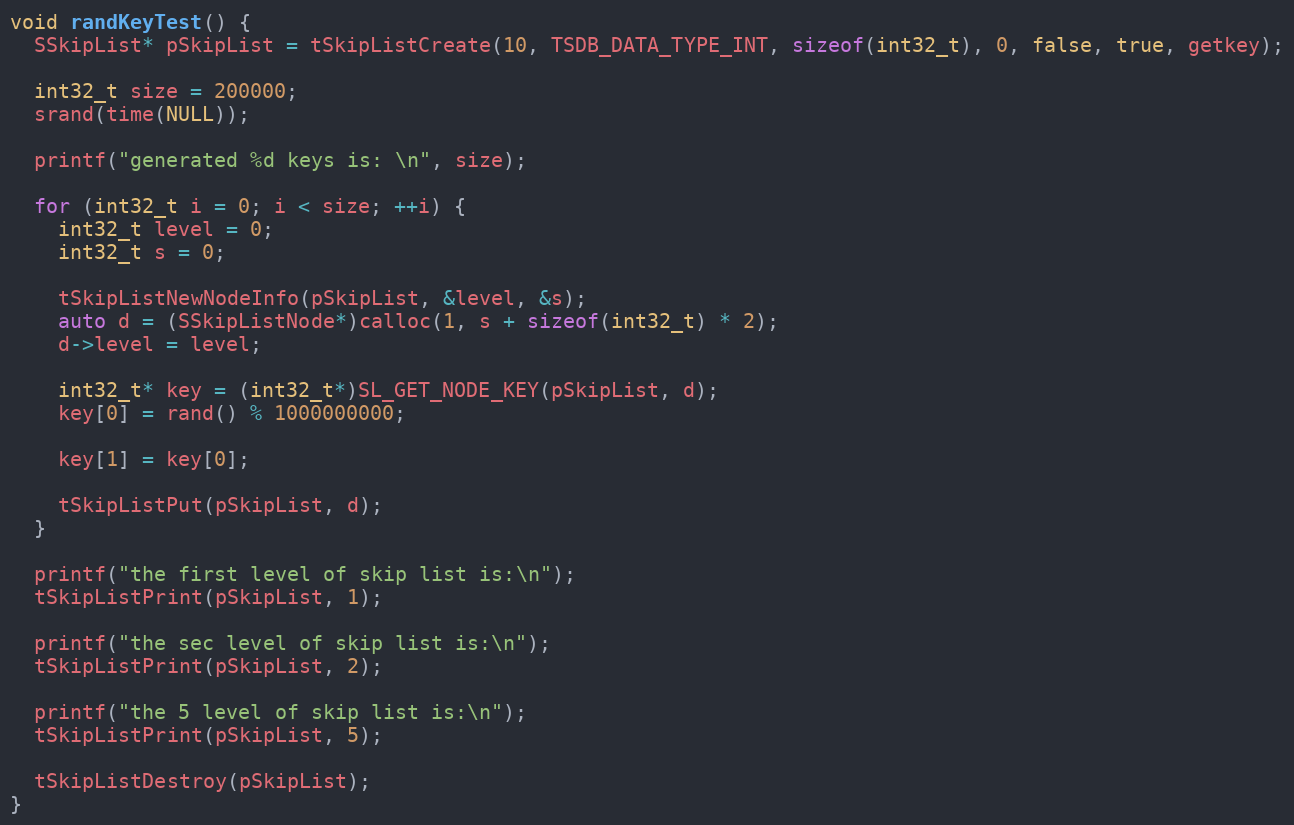
Language: C++
void randKeyTest() {
  SSkipList* pSkipList = tSkipListCreate(10, TSDB_DATA_TYPE_INT, sizeof(int32_t), 0, false, true, getkey);

  int32_t size = 200000;
  srand(time(NULL));

  printf("generated %d keys is: \n", size);

  for (int32_t i = 0; i < size; ++i) {
    int32_t level = 0;
    int32_t s = 0;

    tSkipListNewNodeInfo(pSkipList, &level, &s);
    auto d = (SSkipListNode*)calloc(1, s + sizeof(int32_t) * 2);
    d->level = level;

    int32_t* key = (int32_t*)SL_GET_NODE_KEY(pSkipList, d);
    key[0] = rand() % 1000000000;

    key[1] = key[0];

    tSkipListPut(pSkipList, d);
  }

  printf("the first level of skip list is:\n");
  tSkipListPrint(pSkipList, 1);

  printf("the sec level of skip list is:\n");
  tSkipListPrint(pSkipList, 2);

  printf("the 5 level of skip list is:\n");
  tSkipListPrint(pSkipList, 5);

  tSkipListDestroy(pSkipList);
}